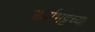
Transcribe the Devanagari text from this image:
आर्यभट्टच्या